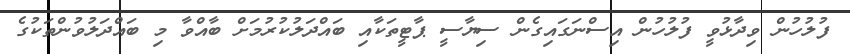
ފުލުހުން ވިދާޅުވީ ފުލުހުން އިސްނަގައިގެން ސިޔާސީ ޕާޓީތަކާއި ބައްދަލުކުރުމަށް ބާއްވާ މި ބައްދަލުވުންތަކުގެ